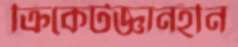
ক্রিকেটজ্ঞানহীন